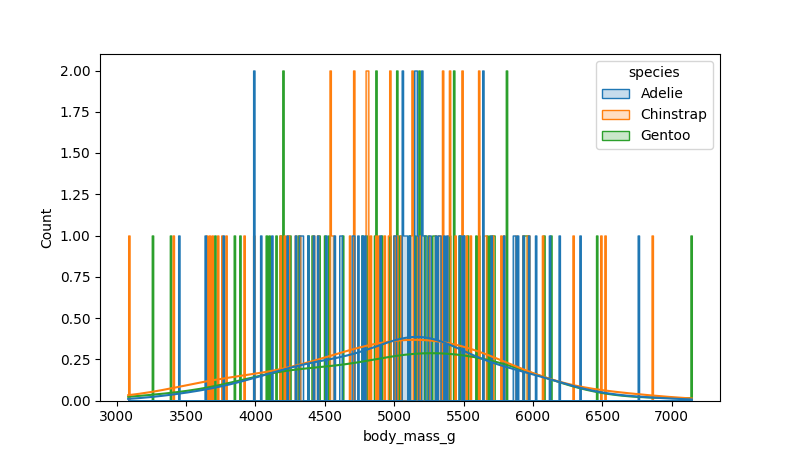
python, seaborn, histplot, hue='species', binwidth=10, bins='auto', element='step'